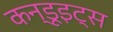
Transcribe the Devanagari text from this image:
कन्डूइट्स